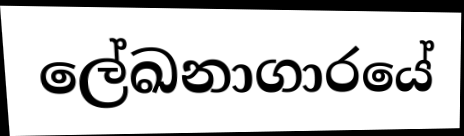
ලේඛනාගාරයේ